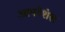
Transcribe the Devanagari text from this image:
आपरेशंस